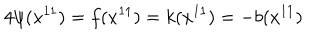
4 \psi ( x ^ { 1 1 } ) = f ( x ^ { 1 1 } ) = k ( x ^ { 1 1 } ) = - b ( x ^ { 1 1 } )